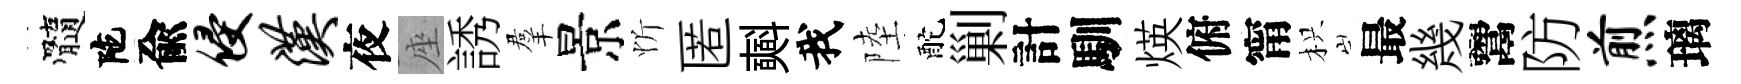
髓陀兪侵汉夜座誘羣景忻匿𣂏我陸酡剿計馴煐俯甯枳最幾鬻防煎璃